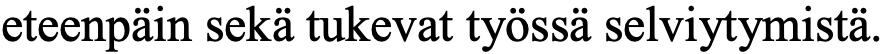
eteenpäin sekä tukevat työssä selviytymistä.